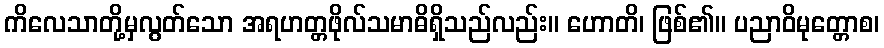
ကိလေသာတို့မှလွတ်သော အရဟတ္တဖိုလ်သမာဓိရှိသည်လည်း။ ဟောတိ၊ ဖြစ်၏။ ပညာဝိမုတ္တောစ၊